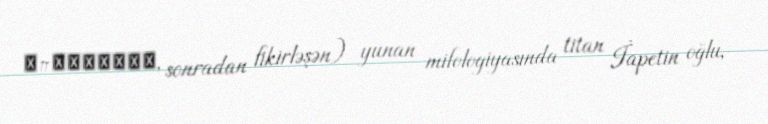
Ἐπιμηθεύς, sonradan fikirləşən) yunan mifologiyasında titan İapetin oğlu,